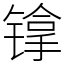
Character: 镎